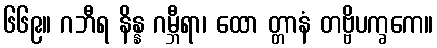
၆၆၉။ ဂဘီရ နိန္န ဂမ္ဘီရာ၊ ထော တ္တာနံ တဗ္ဗိပက္ခကေ။